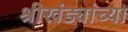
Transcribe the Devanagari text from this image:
श्रीखंड्यांच्या